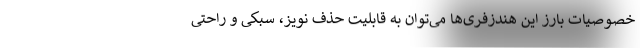
خصوصیات بارز این هندزفری‌ها می‌توان به قابلیت حذف نویز، سبکی و راحتی